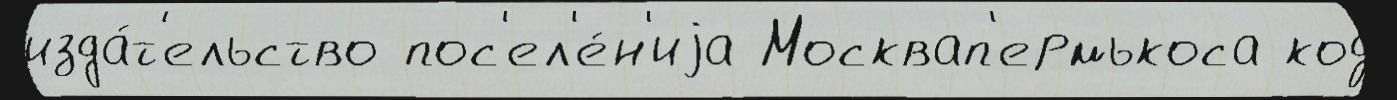
изда́т'ельство пос'ел'е́н'иjа Москвап'ермькоса код